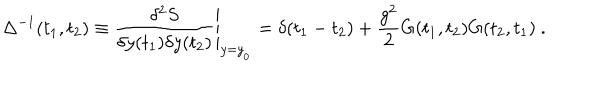
\Delta ^ { - 1 } ( t _ { 1 } , t _ { 2 } ) \equiv \left. { \frac { \delta ^ { 2 } S } { \delta y ( t _ { 1 } ) \delta y ( t _ { 2 } ) } } \right| _ { y = { y } _ { { } _ { 0 } } } = \delta ( t _ { 1 } - t _ { 2 } ) + { \frac { g ^ { 2 } } { 2 } } G ( t _ { 1 } , t _ { 2 } ) G ( t _ { 2 } , t _ { 1 } ) \ .